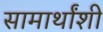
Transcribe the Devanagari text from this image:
सामार्थांशी